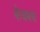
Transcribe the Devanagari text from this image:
फेचबच